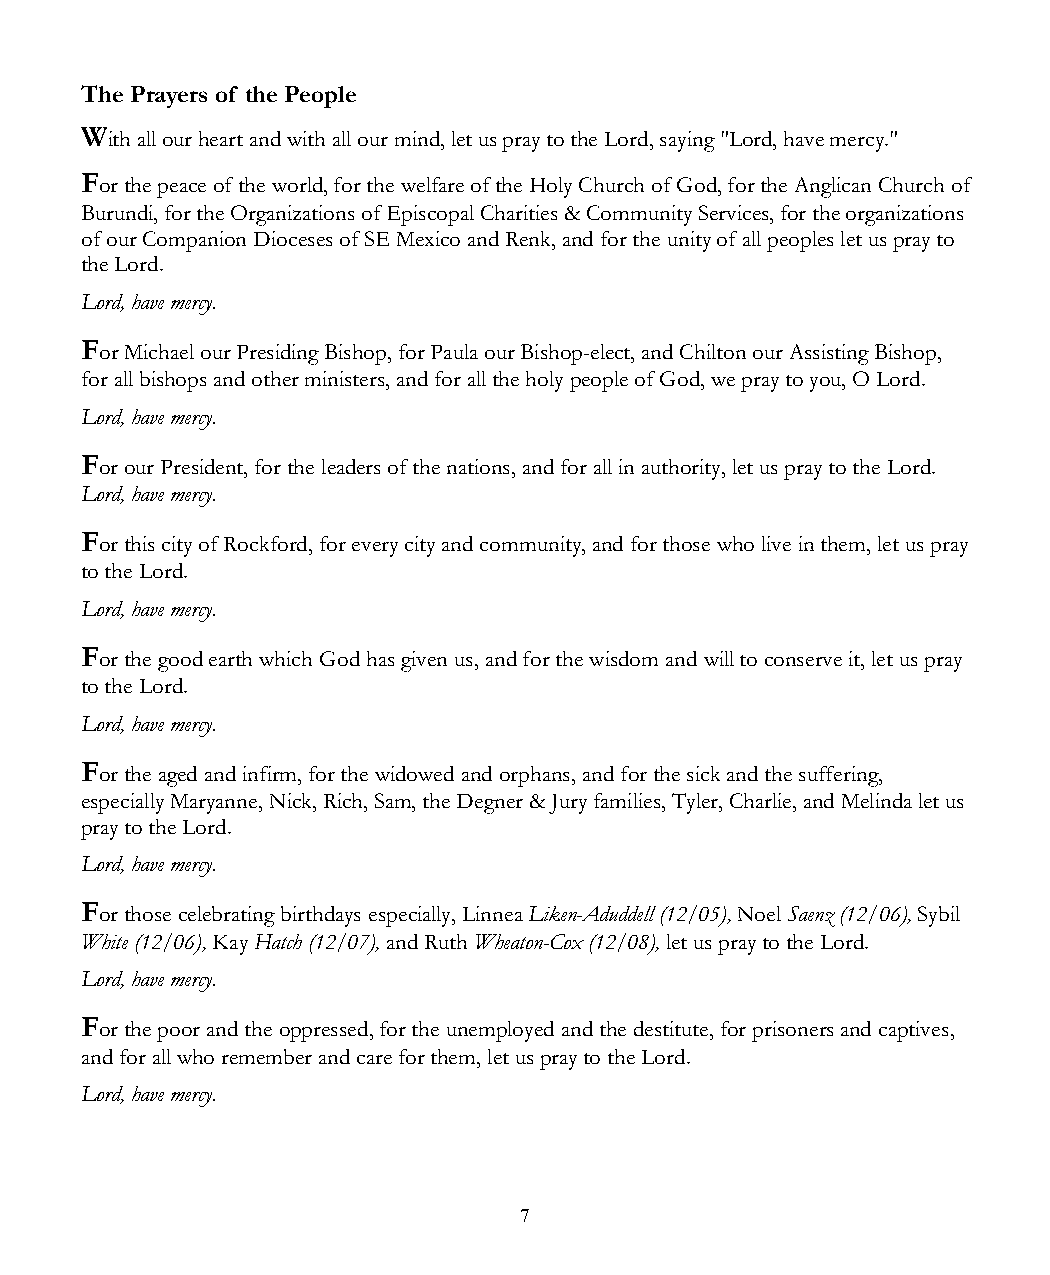
The Prayers of the People
 With all our heart and with all our mind, let us pray to the Lord, saying "Lord, have mercy."
 For the peace of the world, for the welfare of the Holy Church of God, for the Anglican Church of
 Burundi, for the Organizations of Episcopal Charities & Community Services, for the organizations
 of our Companion Dioceses of SE Mexico and Renk, and for the unity of all peoples let us pray to
 the Lord.
 Lord, have mercy.
 For Michael our Presiding Bishop, for Paula our Bishop-elect, and Chilton our Assisting Bishop,
 for all bishops and other ministers, and for all the holy people of God, we pray to you, O Lord.
 Lord, have mercy.
 For our President, for the leaders of the nations, and for all in authority, let us pray to the Lord.
 Lord, have mercy.
 For this city of Rockford, for every city and community, and for those who live in them, let us pray
 to the Lord.
 Lord, have mercy.
 For the good earth which God has given us, and for the wisdom and will to conserve it, let us pray
 to the Lord.
 Lord, have mercy.
 For the aged and infirm, for the widowed and orphans, and for the sick and the suffering,
 especially Maryanne, Nick, Rich, Sam, the Degner & Jury families, Tyler, Charlie, and Melinda let us
 pray to the Lord.
 Lord, have mercy.
 For those celebrating birthdays especially, Linnea Liken-Aduddell (12/05), Noel Saenz (12/06), Sybil
 White (12/06), Kay Hatch (12/07), and Ruth Wheaton-Cox (12/08), let us pray to the Lord.
 Lord, have mercy.
 For the poor and the oppressed, for the unemployed and the destitute, for prisoners and captives,
 and for all who remember and care for them, let us pray to the Lord.
 Lord, have mercy.
 7